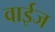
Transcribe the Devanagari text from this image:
वाईज